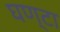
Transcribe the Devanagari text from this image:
घण्‍टा